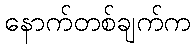
နောက်တစ်ချက်က